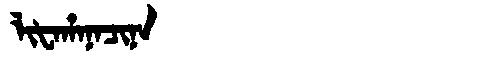
Manchu: ᠯᡳᡶᠠᡥᠠᠨᠠᠴᡳᠨᠠ
Romanization: LIFAHANACINA